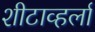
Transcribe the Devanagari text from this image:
शीटाव्हर्ला